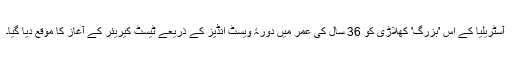
آسٹریلیا کے اس 'بزرگ' کھلاڑی کو 36 سال کی عمر میں دورۂ ویسٹ انڈیز کے ذریعے ٹیسٹ کیریئر کے آغاز کا موقع دیا گیا۔